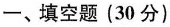
一、填空题(30分)